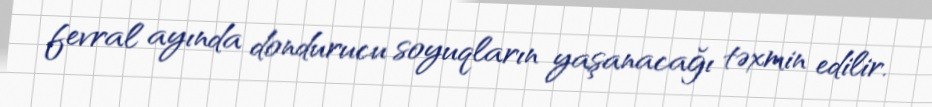
fevral ayında dondurucu soyuqların yaşanacağı təxmin edilir.